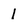
Character: 1